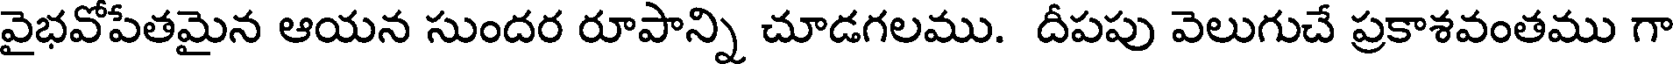
వైభవోపేతమైన ఆయన సుందర రూపాన్ని చూడగలము. దీపపు వెలుగుచే ప్రకాశవంతము గా